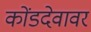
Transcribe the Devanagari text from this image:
कोंडदेवावर